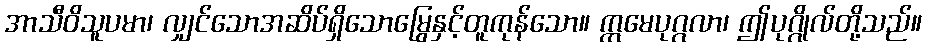
အာသီဝိသူပမာ၊ လျှင်သောအဆိပ်ရှိသောမြွေနှင့်တူကုန်သော။ ဣမေပုဂ္ဂလာ၊ ဤပုဂ္ဂိုလ်တို့သည်။